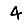
Digit: 4